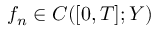
f _ { n } \in C ( [ 0 , T ] ; Y )